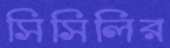
সিসিলির